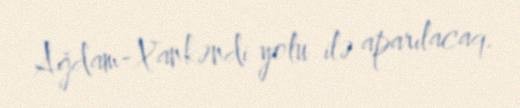
Ağdam-Xankəndi yolu ilə aparılacaq.